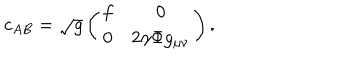
LaTeX: c _ { A B } = \sqrt { g } \left( \begin{matrix} { { f } } & { { 0 } } \\ { { 0 } } & { { 2 \gamma \Phi g _ { \mu \nu } } } \\ \end{matrix} \right) .